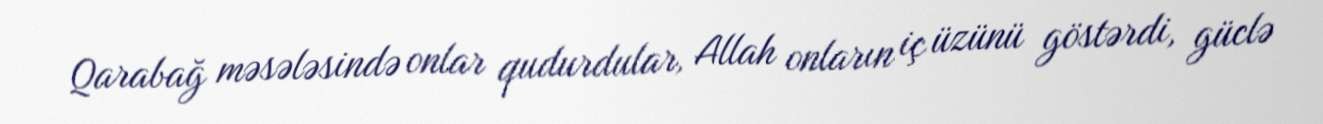
Qarabağ məsələsində onlar qudurdular, Allah onların iç üzünü göstərdi, güclə